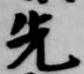
先